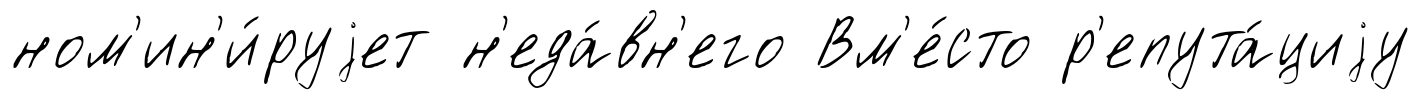
ном'ин'и́руjет н'еда́вн'его Вм'е́сто р'епута́циjу